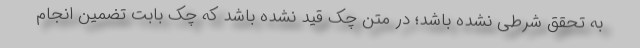
به تحقق شرطی نشده باشد؛ در متن چک قید نشده باشد که چک بابت تضمین انجام